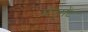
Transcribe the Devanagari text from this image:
मेनूमेंट